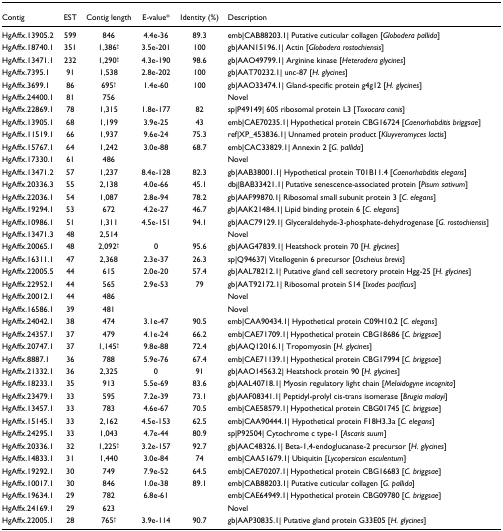
<table><thead><tr><td><b>Contig</b></td><td><b>EST</b></td><td><b>Contig length</b></td><td><b>E-value*</b></td><td><b>Identity (%)</b></td><td><b>Description</b></td></tr></thead><tbody><tr><td>HgAffx.13905.2</td><td>599</td><td>846</td><td>4.4e-36</td><td>89.3</td><td>emb|CAB88203.1| Putative cuticular collagen [<i>Globodera pallida</i>]</td></tr><tr><td>HgAffx.18740.1</td><td>351</td><td>1,386<sup>†</sup></td><td>3.5e-201</td><td>100</td><td>gb|AAN15196.1| Actin [<i>Globodera rostochiensis</i>]</td></tr><tr><td>HgAffx.13471.1</td><td>232</td><td>1,290<sup>†</sup></td><td>4.3e-190</td><td>98.6</td><td>gb|AAO49799.1| Arginine kinase [<i>Heterodera glycines</i>]</td></tr><tr><td>HgAffx.7395.1</td><td>91</td><td>1,538</td><td>2.8e-202</td><td>100</td><td>gb|AAT70232.1| unc-87 [<i>H. glycines</i>]</td></tr><tr><td>HgAffx.3699.1</td><td>86</td><td>695<sup>†</sup></td><td>1.4e-60</td><td>100</td><td>gb|AAO33474.1| Gland-specific protein g4g12 [<i>H. glycines</i>]</td></tr><tr><td>HgAffx.24400.1</td><td>81</td><td>756</td><td></td><td></td><td>Novel</td></tr><tr><td>HgAffx.22869.1</td><td>78</td><td>1,315</td><td>1.8e-177</td><td>82</td><td>sp|P49149| 60S ribosomal protein L3 [<i>Toxocara canis</i>]</td></tr><tr><td>HgAffx.13905.1</td><td>68</td><td>1,199</td><td>3.9e-25</td><td>43</td><td>emb|CAE70235.1| Hypothetical protein CBG16724 [<i>Caenorhabditis briggsae</i>]</td></tr><tr><td>HgAffx.11519.1</td><td>66</td><td>1,937</td><td>9.6e-24</td><td>75.3</td><td>ref|XP_453836.1| Unnamed protein product [<i>Kluyveromyces lactis</i>]</td></tr><tr><td>HgAffx.15767.1</td><td>64</td><td>1,242</td><td>3.0e-88</td><td>68.7</td><td>emb|CAC33829.1| Annexin 2 [<i>G. pallida</i>]</td></tr><tr><td>HgAffx.17330.1</td><td>61</td><td>486</td><td></td><td></td><td>Novel</td></tr><tr><td>HgAffx.13471.2</td><td>57</td><td>1,237</td><td>8.4e-128</td><td>82.3</td><td>gb|AAB38001.1| Hypothetical protein T01B11.4 [<i>Caenorhabditis elegans</i>]</td></tr><tr><td>HgAffx.20336.3</td><td>55</td><td>2,138</td><td>4.0e-66</td><td>45.1</td><td>dbj|BAB33421.1| Putative senescence-associated protein [<i>Pisum sativum</i>]</td></tr><tr><td>HgAffx.22036.1</td><td>54</td><td>1,087</td><td>2.8e-94</td><td>78.2</td><td>gb|AAF99870.1| Ribosomal small subunit protein 3 [<i>C. elegans</i>]</td></tr><tr><td>HgAffx.19294.1</td><td>53</td><td>672</td><td>4.2e-27</td><td>46.7</td><td>gb|AAK21484.1| Lipid binding protein 6 [<i>C. elegans</i>]</td></tr><tr><td>HgAffx.10986.1</td><td>51</td><td>1,311</td><td>4.5e-151</td><td>94.1</td><td>gb|AAC79129.1| Glyceraldehyde-3-phosphate-dehydrogenase [<i>G. rostochiensis</i>]</td></tr><tr><td>HgAffx.13471.3</td><td>48</td><td>2,514</td><td></td><td></td><td>Novel</td></tr><tr><td>HgAffx.20065.1</td><td>48</td><td>2,092<sup>†</sup></td><td>0</td><td>95.6</td><td>gb|AAG47839.1| Heatshock protein 70 [<i>H. glycines</i>]</td></tr><tr><td>HgAffx.16311.1</td><td>47</td><td>2,368</td><td>2.3e-37</td><td>26.3</td><td>sp|Q94637| Vitellogenin 6 precursor [<i>Oscheius brevis</i>]</td></tr><tr><td>HgAffx.22005.5</td><td>44</td><td>615</td><td>2.0e-20</td><td>57.4</td><td>gb|AAL78212.1| Putative gland cell secretory protein Hgg-25 [<i>H. glycines</i>]</td></tr><tr><td>HgAffx.22952.1</td><td>44</td><td>565</td><td>2.9e-53</td><td>79</td><td>gb|AAT92172.1| Ribosomal protein S14 [<i>Ixodes pacificus</i>]</td></tr><tr><td>HgAffx.20012.1</td><td>44</td><td>486</td><td></td><td></td><td>Novel</td></tr><tr><td>HgAffx.16586.1</td><td>39</td><td>481</td><td></td><td></td><td>Novel</td></tr><tr><td>HgAffx.24042.1</td><td>38</td><td>474</td><td>3.1e-47</td><td>90.5</td><td>emb|CAA90434.1| Hypothetical protein C09H10.2 [<i>C. elegans</i>]</td></tr><tr><td>HgAffx.24357.1</td><td>37</td><td>479</td><td>4.1e-24</td><td>66.2</td><td>emb|CAE71709.1| Hypothetical protein CBG18686 [<i>C. briggsae</i>]</td></tr><tr><td>HgAffx.20747.1</td><td>37</td><td>1,145<sup>†</sup></td><td>9.8e-88</td><td>72.4</td><td>gb|AAQ12016.1| Tropomyosin [<i>H. glycines</i>]</td></tr><tr><td>HgAffx.8887.1</td><td>36</td><td>788</td><td>5.9e-76</td><td>67.4</td><td>emb|CAE71139.1| Hypothetical protein CBG17994 [<i>C. briggsae</i>]</td></tr><tr><td>HgAffx.21332.1</td><td>36</td><td>2,325</td><td>0</td><td>91</td><td>gb|AAO14563.2| Heatshock protein 90 [<i>H. glycines</i>]</td></tr><tr><td>HgAffx.18233.1</td><td>35</td><td>913</td><td>5.5e-69</td><td>83.6</td><td>gb|AAL40718.1| Myosin regulatory light chain [<i>Meloidogyne incognita</i>]</td></tr><tr><td>HgAffx.23479.1</td><td>33</td><td>595</td><td>7.2e-39</td><td>73.1</td><td>gb|AAF08341.1| Peptidyl-prolyl cis-trans isomerase [<i>Brugia malayi</i>]</td></tr><tr><td>HgAffx.13457.1</td><td>33</td><td>783</td><td>4.6e-67</td><td>70.5</td><td>emb|CAE58579.1| Hypothetical protein CBG01745 [<i>C. briggsae</i>]</td></tr><tr><td>HgAffx.15145.1</td><td>33</td><td>2,162</td><td>4.5e-153</td><td>62.5</td><td>emb|CAA90444.1| Hypothetical protein F18H3.3a [<i>C. elegans</i>]</td></tr><tr><td>HgAffx.24295.1</td><td>33</td><td>1,043</td><td>4.7e-44</td><td>80.9</td><td>sp|P92504| Cytochrome c type-1 [<i>Ascaris suum</i>]</td></tr><tr><td>HgAffx.20336.1</td><td>32</td><td>1,225<sup>†</sup></td><td>3.2e-157</td><td>92.7</td><td>gb|AAC48326.1| Beta-1,4-endoglucanase-2 precursor [<i>H. glycines</i>]</td></tr><tr><td>HgAffx.14833.1</td><td>31</td><td>1,440</td><td>3.0e-84</td><td>74</td><td>emb|CAA51679.1| Ubiquitin [<i>Lycopersicon esculentum</i>]</td></tr><tr><td>HgAffx.19292.1</td><td>30</td><td>749</td><td>7.9e-52</td><td>64.5</td><td>emb|CAE70207.1| Hypothetical protein CBG16683 [<i>C. briggsae</i>]</td></tr><tr><td>HgAffx.10017.1</td><td>30</td><td>846</td><td>1.0e-38</td><td>89.1</td><td>emb|CAB88203.1| Putative cuticular collagen [<i>G. pallida</i>]</td></tr><tr><td>HgAffx.19634.1</td><td>29</td><td>782</td><td>6.8e-61</td><td></td><td>emb|CAE64949.1| Hypothetical protein CBG09780 [<i>C. briggsae</i>]</td></tr><tr><td>HgAffx.24169.1</td><td>29</td><td>623</td><td></td><td></td><td>Novel</td></tr><tr><td>HgAffx.22005.1</td><td>28</td><td>765<sup>†</sup></td><td>3.9e-114</td><td>90.7</td><td>gb|AAP30835.1| Putative gland protein G33E05 [<i>H. glycines</i>]</td></tr></tbody></table>